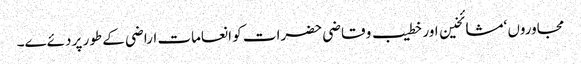
مجاوروں ‘مشائخین اور خطیب و قاضی حضرات کو انعامات اراضی کے طور پر دئےے۔